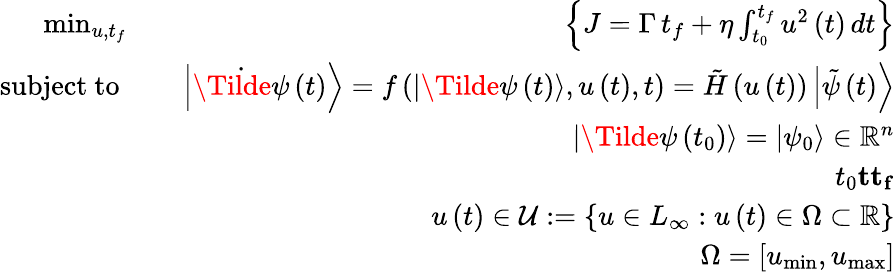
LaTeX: \begin{array}{rlr}{\operatorname*{min}_{u,t_{f}}}&{}&{\left\{ J=\Gamma\, {{t}_{f}}+\eta\int_{{{t}_{0}}}^{t_{f}}{{{u}^{2}}\left(t\right)\, dt}\right\} }\\ {\mathrm{subject~to~}}&{}&{\left|\dot{\Tilde{\psi}}\left(t\right)\right\rangle=f\left(\left|\Tilde{\psi}\left({{t}}\right)\right\rangle,u\left(t\right),t\right)=\tilde{H}\left(u\left(t\right)\right)\left|\tilde{\psi}\left(t\right)\right\rangle}\\ &{}&{\left|\Tilde{\psi}\left({{t}_{0}}\right)\right\rangle=\left|{{\psi}_{0}}\right\rangle\in{{\mathbb{R}}^{n}}}\\ &{}&{{{t}_{0}}\le t\le{{t}_{f}}}\\ &{}&{u\left(t\right)\in\mathcal{U}:=\left\{ u\in{{L}_{\infty}}:u\left(t\right)\in\Omega\subset{{\mathbb{R}}}\right\} }\\ &{}&{\Omega=[{{u}_{\operatorname*{min}}},{{u}_{\operatorname*{max}}}]}\end{array}